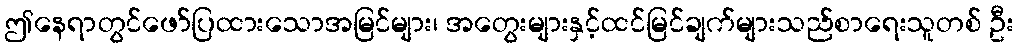
ဤနေရာတွင်ဖော်ပြထားသောအမြင်များ၊ အတွေးများနှင့်ထင်မြင်ချက်များသည်စာရေးသူတစ် ဦး